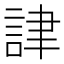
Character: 𧧪